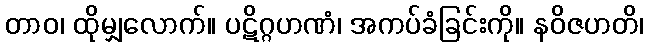
တာဝ၊ ထိုမျှလောက်။ ပဋိဂ္ဂဟဏံ၊ အကပ်ခံခြင်းကို။ နဝိဇဟတိ၊